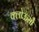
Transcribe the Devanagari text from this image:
क्लोऊसौ